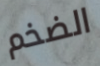
الضخم